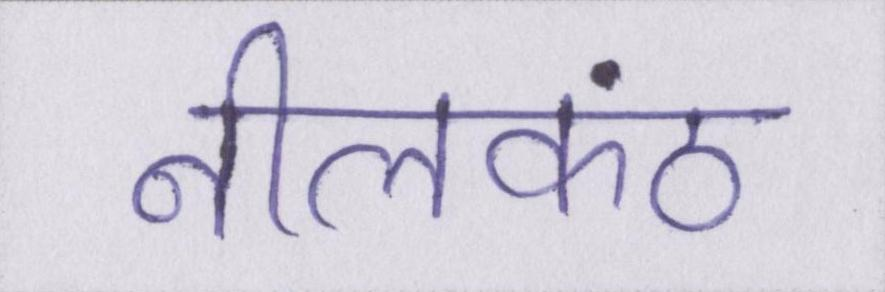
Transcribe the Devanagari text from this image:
नीलकंठ